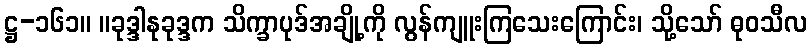
ဋ္ဌ-၁၆၁။ ။ခုဒ္ဒါနုခုဒ္ဒက သိက္ခာပုဒ်အချို့ကို လွန်ကျူးကြသေးကြောင်း၊ သို့သော် ဓုဝသီလ